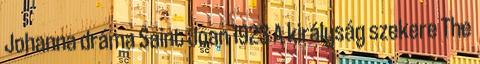
Johanna dráma Saint Joan 1923 A királyság szekere The